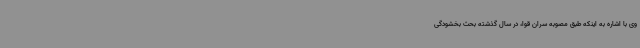
وی با اشاره به اینکه طبق مصوبه سران قوا، در سال گذشته بحث بخشودگی